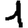
Digit: 1